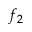
f _ { 2 }